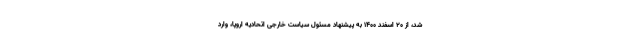
شد، از ۲۰ اسفند ۱۴۰۰ به پیشنهاد مسئول سیاست خارجی اتحادیه اروپا، وارد